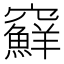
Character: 䇁